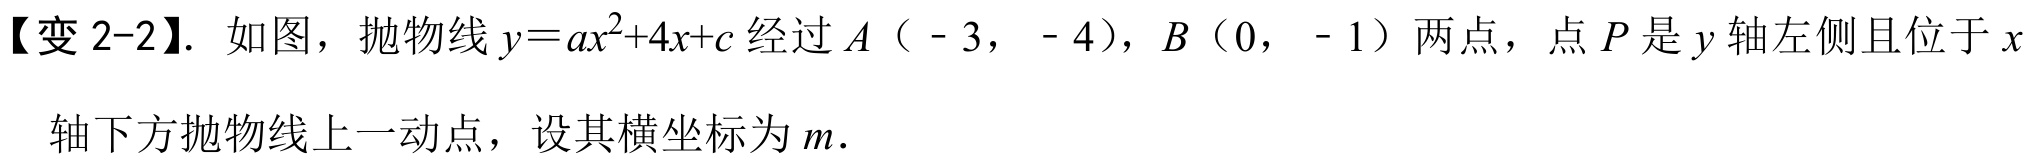
【变 2-2】. 如图，抛物线\(y = ax^{2}+4x + c\)经过\(A\)（ - 3， - 4），\(B\)（0， - 1）两点，点\(P\)是\(y\)轴左侧且位于\(x\)轴下方抛物线上一动点，设其横坐标为\(m\).